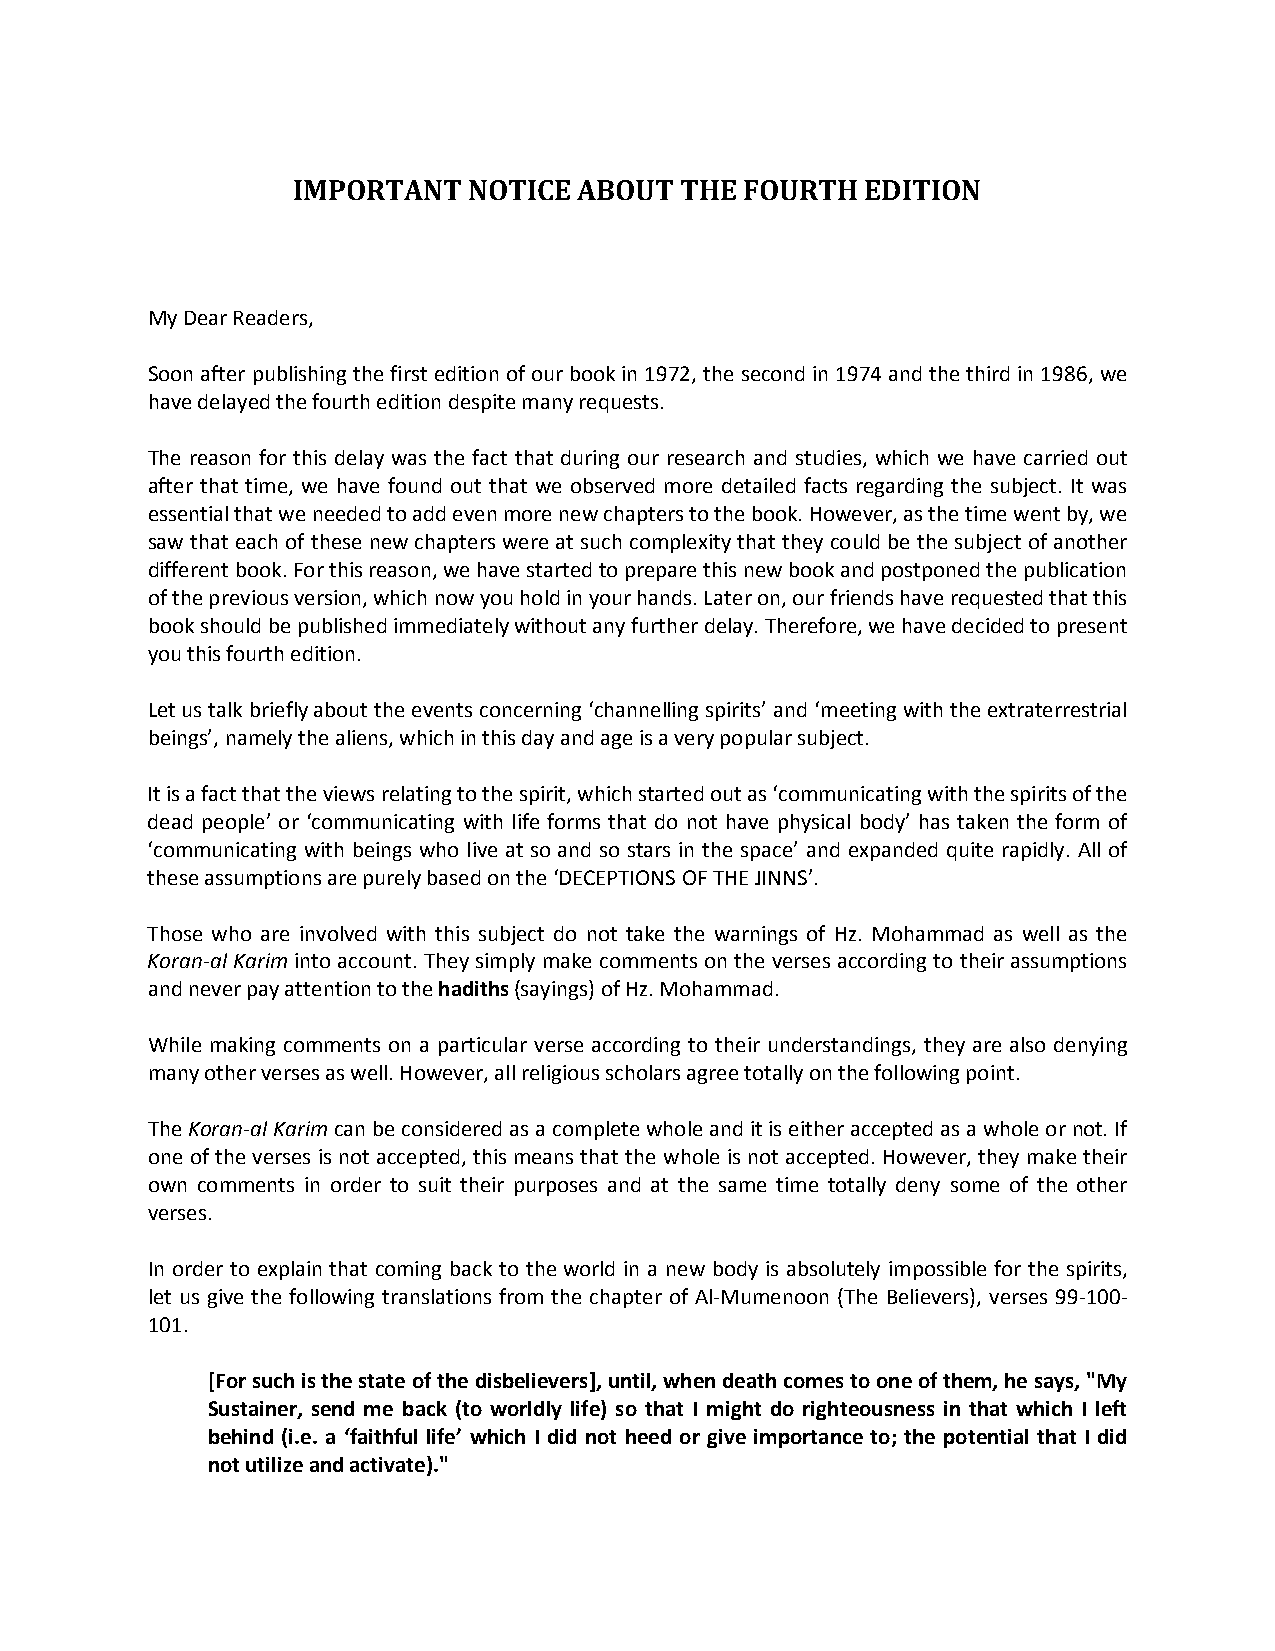
IMPORTANT   NOTICE ABOUT  THE FOURTH  EDITION
 My Dear Readers,
 Soon after publishing the first edition of our book in 1972, the second in 1974 and the third in 1986, we
 have delayed the fourth edition despite many requests.
 The reason for this delay was the fact that during our research and studies, which we have carried out
 after that time, we have found out that we observed more detailed facts regarding the subject. It was
 essential that we needed to add even more new chapters to the book. However, as the time went by, we
 saw that each of these new chapters were at such complexity that they could be the subject of another
 different book. For this reason, we have started to prepare this new book and postponed the publication
 of the previous version, which now you hold in your hands. Later on, our friends have requested that this
 book should be published immediately without any further delay. Therefore, we have decided to present
 you this fourth edition.
 Let us talk briefly about the events concerning ‘channelling spirits’ and ‘meeting with the extraterrestrial
 beings’, namely the aliens, which in this day and age is a very popular subject.
 It is a fact that the views relating to the spirit, which started out as ‘communicating with the spirits of the
 dead people’ or ‘communicating with life forms that do not have physical body’ has taken the form of
 ‘communicating with beings who live at so and so stars in the space’ and expanded quite rapidly. All of
 these assumptions are purely based on the ‘DECEPTIONS OF THE JINNS’.
 Those who are involved with this subject do not take the warnings of Hz. Mohammad as well as the
 Koran-al Karim into account. They simply make comments on the verses according to their assumptions
 and never pay attention to the hadiths (sayings) of Hz. Mohammad.
 While making comments on a particular verse according to their understandings, they are also denying
 many other verses as well. However, all religious scholars agree totally on the following point.
 The Koran-al Karim can be considered as a complete whole and it is either accepted as a whole or not. If
 one of the verses is not accepted, this means that the whole is not accepted. However, they make their
 own comments in order to suit their purposes and at the same time totally deny some of the other
 verses.
 In order to explain that coming back to the world in a new body is absolutely impossible for the spirits,
 let us give the following translations from the chapter of Al-Mumenoon (The Believers), verses 99-100-
 101.
 [For such is the state of the disbelievers], until, when death comes to one of them, he says, "My
 Sustainer, send me back (to worldly life) so that I might do righteousness in that which I left
 behind (i.e. a ‘faithful life’ which I did not heed or give importance to; the potential that I did
 not utilize and activate)."